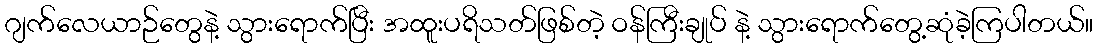
ဂျက်လေယာဉ်တွေနဲ့ သွားရောက်ပြီး အထူးပရိသတ်ဖြစ်တဲ့ ဝန်ကြီးချုပ် နဲ့ သွားရောက်တွေ့ဆုံခဲ့ကြပါတယ်။